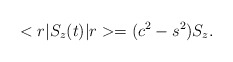
\begin{align*}<r|S_{z}(t)|r>=(c^{2}-s^{2}) S_{z}.\end{align*}